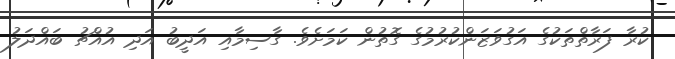
ކުރާ ފަރާތްތަކުގެ އަގުވަޒަންކުރުމުގެ ގޮތުން ކަމަށެވެ. ގާސިމާއި އަދީބު އަދި އުއްޗު ބައްދަލު